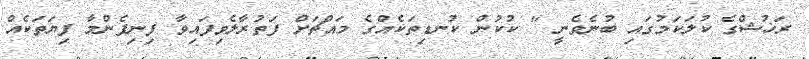
ރަޚުޝްގެ ކުލަކަމުގައި ބުނެވެނީ " ކުކުން ކުނޑިތަކެއްގެ މައްޗަށް ފަތުރާލެވިފައިވާ ފިނިފެންމާ ފިޔަތަކެއް